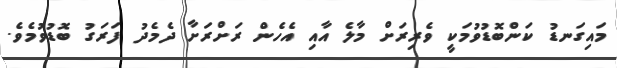
މައިގަނޑު ކަންބޮޑުވުމަކީ ވެރިރަށް މާލެ އާއި އެހެން ރަށްރަށާ ދެމެދު ފަރަގު ބޮޑުވުމެވެ.